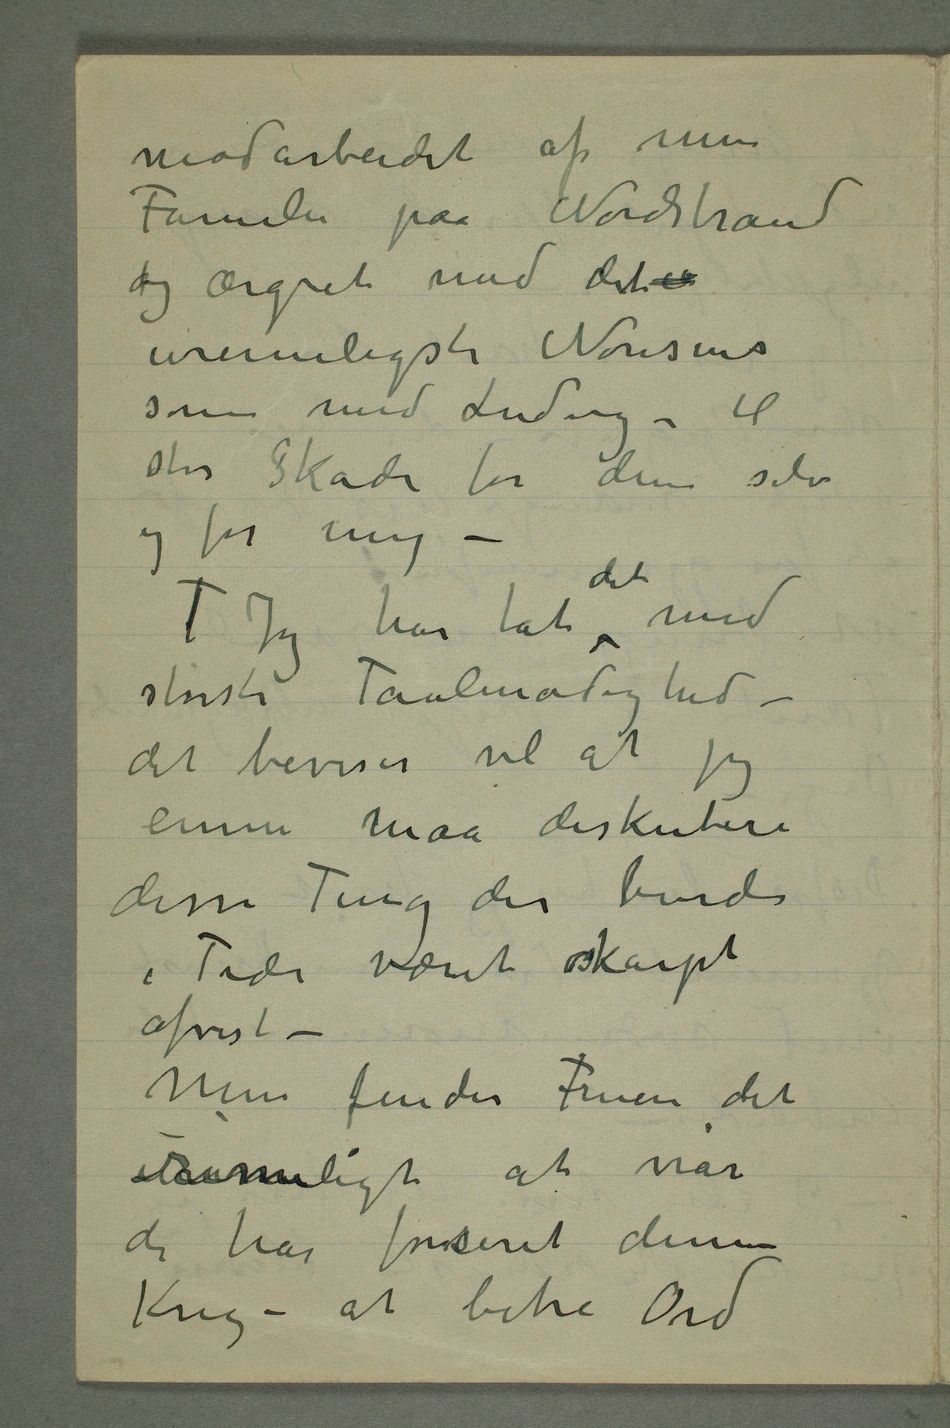
modarbeidet af min
Familie paa Nordstrand
og ærgret med det u
urimeligste Nonsens
som med Ludvig – til
stor skade for dem selv
og for mig –
Jeg har tat det med
største Taalmodighed –
det beviser vel at jeg
ennu maa diskutere
disse Ting der burde
i Tide været skarpt
afvist –
Men finder Fruen det
rimeligt at når
de har forseret denne
Krig – at bitre Ord